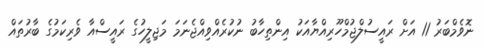
ނޮވެމްބަރު 11 އަށް ރައީސުލްޖުމްހޫރިއްޔާއަކު އިންތިހާބު ނުކުރެއްވިއްޖެނަމަ މަޖިލީހުގެ ރައީސްއާ ވެރިކަމުގެ ބާރުތައް